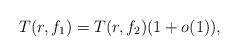
LaTeX: \begin{align*}T(r,f_1)=T(r,f_2)(1+o(1)), \end{align*}